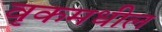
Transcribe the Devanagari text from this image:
वृकमधील